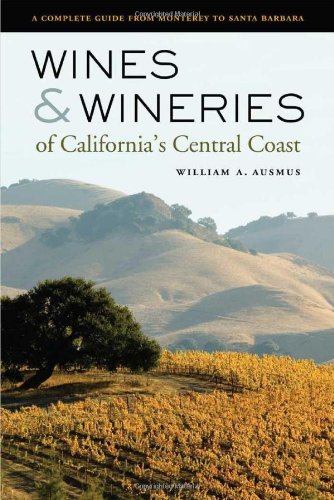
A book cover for Wines and Wineries of California's Central Coast: A Complete Guide from Monterey to Santa Barbara; William A. Ausmus; Cookbooks, Food & Wine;